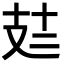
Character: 𪯆